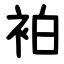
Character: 袙